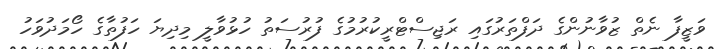
ވަޒީފާ ނެތް ޒުވާނުންގެ ދަފްތަރުގައި ރަޖިސްޓްރީކުރުމުގެ ފުރުސަތު ހުޅުވާލީ މިދިޔަ ހަފުތާގެ ހޯމަދުވަހު